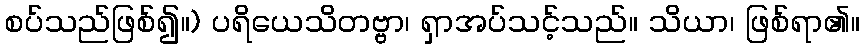
စပ်သည်ဖြစ်၍။) ပရိယေသိတဗ္ဗာ၊ ရှာအပ်သင့်သည်။ သိယာ၊ ဖြစ်ရာ၏။